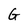
Character: G